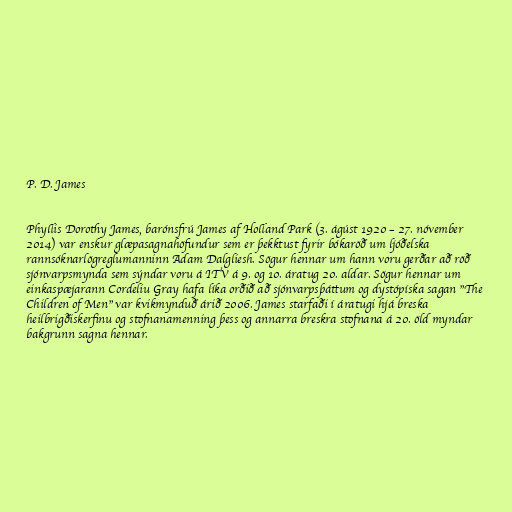
P. D. James

Phyllis Dorothy James, barónsfrú James af Holland Park (3. ágúst 1920 – 27. nóvember
2014) var enskur glæpasagnahöfundur sem er þekktust fyrir bókaröð um ljóðelska
rannsóknarlögreglumanninn Adam Dalgliesh. Sögur hennar um hann voru gerðar að röð
sjónvarpsmynda sem sýndar voru á ITV á 9. og 10. áratug 20. aldar. Sögur hennar um
einkaspæjarann Cordeliu Gray hafa líka orðið að sjónvarpsþáttum og dystópíska sagan "The
Children of Men" var kvikmynduð árið 2006. James starfaði í áratugi hjá breska
heilbrigðiskerfinu og stofnanamenning þess og annarra breskra stofnana á 20. öld myndar
bakgrunn sagna hennar.